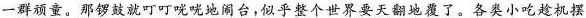
一群顽童。那锣鼓就叮叮咣咣地闹台，似乎整个世界要天翻地覆了。各类小吃趁机摆